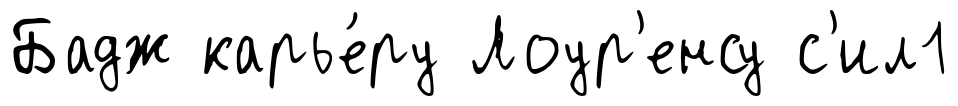
Бадж карье́ру Лоур'енсу с'ил1